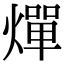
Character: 燀